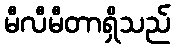
မီလီမီတာရှိသည်